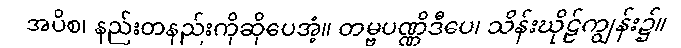
အပိစ၊ နည်းတနည်းကိုဆိုပေအံ့။ တမ္ဗပဏ္ဏိဒီပေ၊ သိန်းဃိုဠ်ကျွန်း၌။